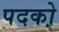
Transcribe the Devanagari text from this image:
पदको़